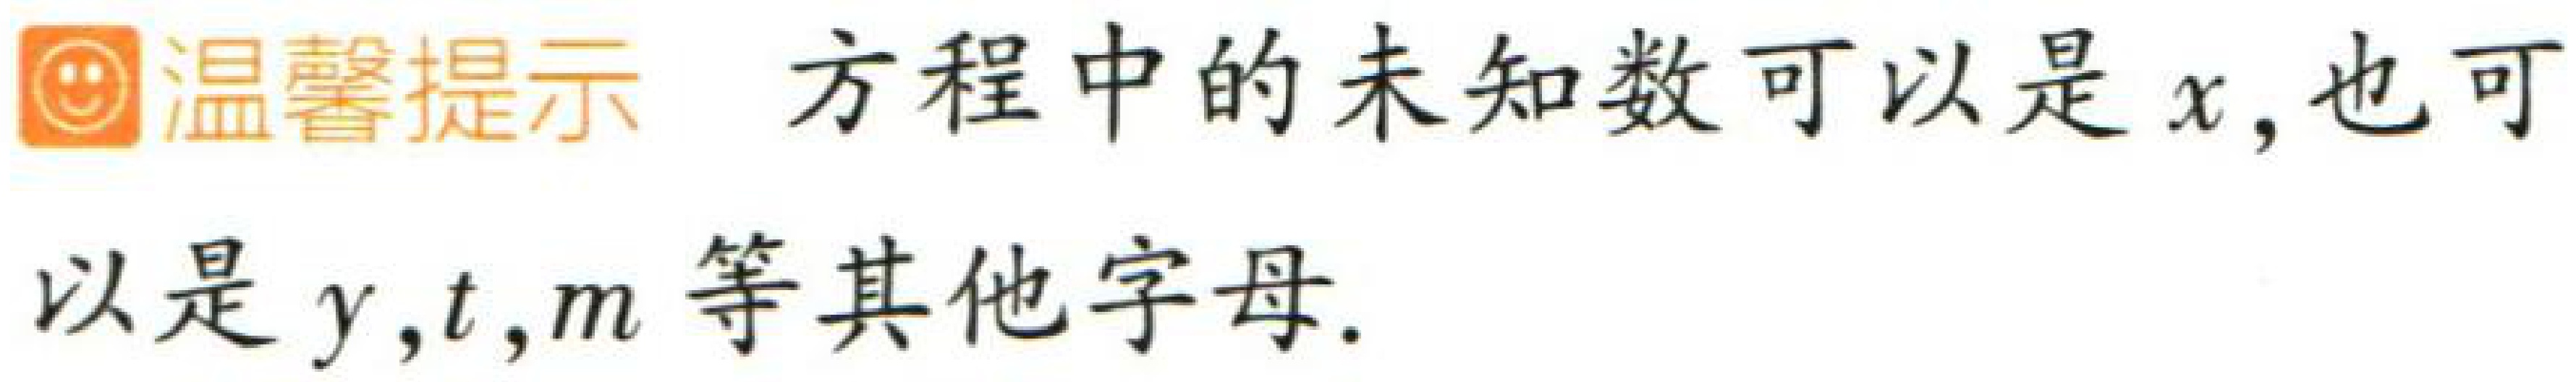
温馨提示 方程中的未知数可以是 \(x\)，也可以是 \(y,t,m\)等其他字母.